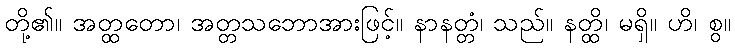
တို့၏။ အတ္ထတော၊ အတ္တသဘောအားဖြင့်။ နာနတ္တံ၊ သည်။ နတ္ထိ၊ မရှိ။ ဟိ၊ စွ။